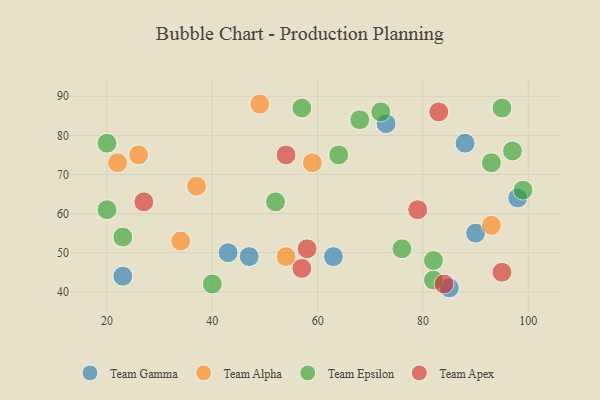
{"axis": {"x": "GDP", "y": "Life Expectancy"}, "legend": ["Team Alpha", "Team Apex", "Team Epsilon", "Team Gamma"], "data": [{"x": "43", "y": 50, "type": "Team Gamma"}, {"x": "23", "y": 44, "type": "Team Gamma"}, {"x": "90", "y": 55, "type": "Team Gamma"}, {"x": "88", "y": 78, "type": "Team Gamma"}, {"x": "85", "y": 41, "type": "Team Gamma"}, {"x": "63", "y": 49, "type": "Team Gamma"}, {"x": "47", "y": 49, "type": "Team Gamma"}, {"x": "98", "y": 64, "type": "Team Gamma"}, {"x": "73", "y": 83, "type": "Team Gamma"}, {"x": "59", "y": 73, "type": "Team Alpha"}, {"x": "26", "y": 75, "type": "Team Alpha"}, {"x": "49", "y": 88, "type": "Team Alpha"}, {"x": "93", "y": 57, "type": "Team Alpha"}, {"x": "37", "y": 67, "type": "Team Alpha"}, {"x": "34", "y": 53, "type": "Team Alpha"}, {"x": "22", "y": 73, "type": "Team Alpha"}, {"x": "54", "y": 49, "type": "Team Alpha"}, {"x": "68", "y": 84, "type": "Team Epsilon"}, {"x": "95", "y": 87, "type": "Team Epsilon"}, {"x": "40", "y": 42, "type": "Team Epsilon"}, {"x": "76", "y": 51, "type": "Team Epsilon"}, {"x": "64", "y": 75, "type": "Team Epsilon"}, {"x": "99", "y": 66, "type": "Team Epsilon"}, {"x": "20", "y": 78, "type": "Team Epsilon"}, {"x": "82", "y": 43, "type": "Team Epsilon"}, {"x": "52", "y": 63, "type": "Team Epsilon"}, {"x": "20", "y": 61, "type": "Team Epsilon"}, {"x": "93", "y": 73, "type": "Team Epsilon"}, {"x": "72", "y": 86, "type": "Team Epsilon"}, {"x": "23", "y": 54, "type": "Team Epsilon"}, {"x": "57", "y": 87, "type": "Team Epsilon"}, {"x": "97", "y": 76, "type": "Team Epsilon"}, {"x": "82", "y": 48, "type": "Team Epsilon"}, {"x": "54", "y": 75, "type": "Team Apex"}, {"x": "58", "y": 51, "type": "Team Apex"}, {"x": "95", "y": 45, "type": "Team Apex"}, {"x": "84", "y": 42, "type": "Team Apex"}, {"x": "79", "y": 61, "type": "Team Apex"}, {"x": "27", "y": 63, "type": "Team Apex"}, {"x": "83", "y": 86, "type": "Team Apex"}, {"x": "57", "y": 46, "type": "Team Apex"}]}